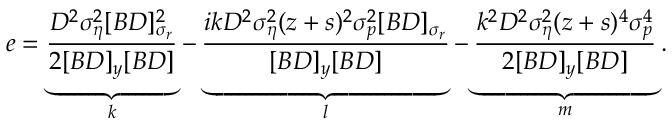
e = \underbrace { \frac { D ^ { 2 } \sigma _ { \eta } ^ { 2 } [ B D ] _ { \sigma _ { r } } ^ { 2 } } { 2 [ B D ] _ { y } [ B D ] } } _ { k } - \underbrace { \frac { i k D ^ { 2 } \sigma _ { \eta } ^ { 2 } ( z + s ) ^ { 2 } \sigma _ { p } ^ { 2 } [ B D ] _ { \sigma _ { r } } } { [ B D ] _ { y } [ B D ] } } _ { l } - \underbrace { \frac { k ^ { 2 } D ^ { 2 } \sigma _ { \eta } ^ { 2 } ( z + s ) ^ { 4 } \sigma _ { p } ^ { 4 } } { 2 [ B D ] _ { y } [ B D ] } } _ { m } .